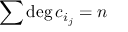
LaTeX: \sum { \mathrm { d e g } } \, c _ { i _ { j } } = n